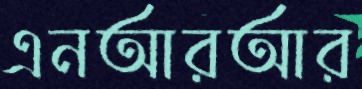
এনআরআর